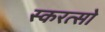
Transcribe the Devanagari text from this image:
स्करत्सो